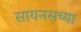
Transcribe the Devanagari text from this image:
सायनसच्या